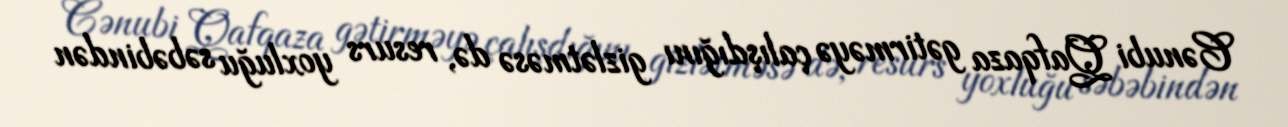
Cənubi Qafqaza gətirməyə çalışdığını gizlətməsə də, resurs yoxluğu səbəbindən